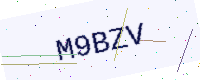
Text: M9BZV